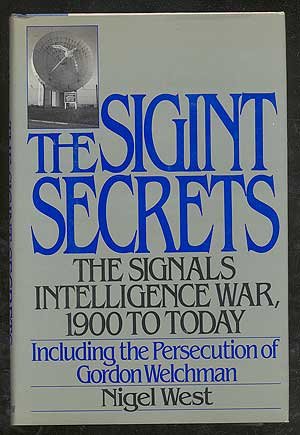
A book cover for The Sigint Secrets: The Signals Intelligence War, 1900 to Today--Including the Persecution of Gordon Welchman; Nigel West; History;